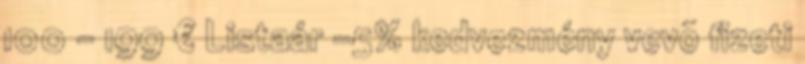
100 - 199 € Listaár -5% kedvezmény vevõ fizeti